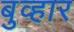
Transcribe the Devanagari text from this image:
बुव्हार